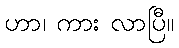
ဟာ၊ ကား လာပြီ။